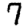
Digit: 7